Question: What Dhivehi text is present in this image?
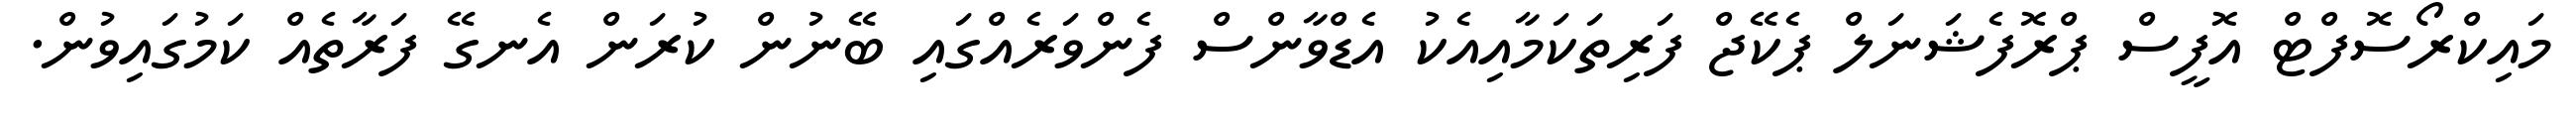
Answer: މައިކްރޯސޮފްޓް އޮފީސް ޕްރޮފެޝަނަލް ޕެކޭޖް ފަރިތަކަމާއިއެކު އެޑްވާންސް ފެންވަރެއްގައި ބޭނުން ކުރަން އެނގޭ ފަރާތެއް ކަމުގައިވުން.